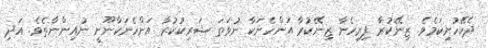
ދެކޭހުށިކަމެވެ. ޒިނޭކުރާ ފިރިހެނާ ޒިނޭކުރާ އަންހެނަކާ ނުވަތަ ޝަރިކުކުރާ އަންހެނަކާނޫނީ ނުއިންނާތެވެ. އަދި